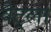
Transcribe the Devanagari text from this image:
वैट्ला